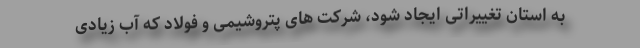
به استان تغییراتی ایجاد شود، شرکت های پتروشیمی و فولاد که آب زیادی